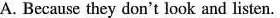
A. Because they don't look and listen.